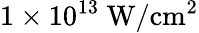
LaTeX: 1\times 10^{13}\ \mathrm{{W/cm^{2}}}